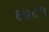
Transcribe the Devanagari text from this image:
६७८५